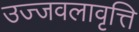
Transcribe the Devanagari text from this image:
उज्जवलावृत्ति